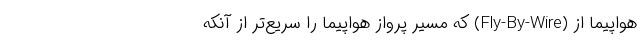
هواپیما از (Fly-By-Wire) که مسیر پرواز هواپیما را سریع‌تر از آنکه